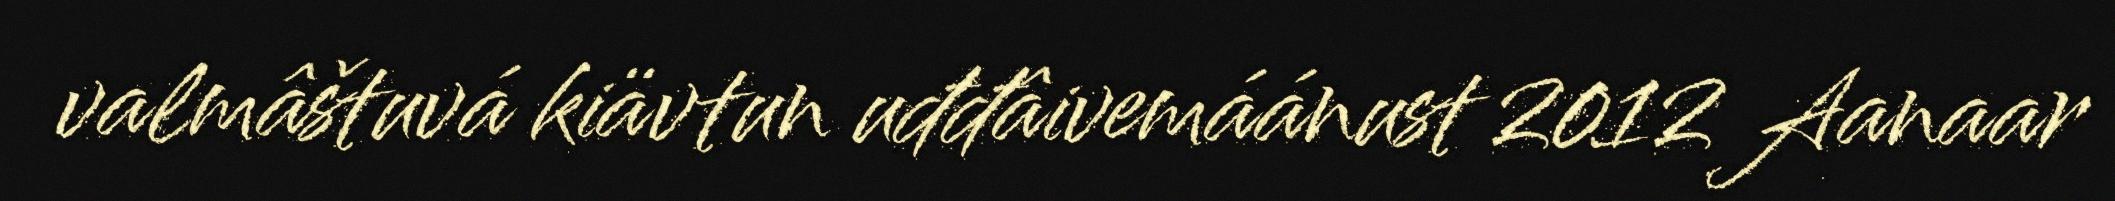
valmâštuvá kiävtun uđđâivemáánust 2012 Aanaar